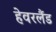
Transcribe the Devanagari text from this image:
हेवरलैंड